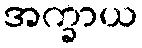
အက္ခာယ